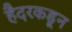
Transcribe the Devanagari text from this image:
हैदरकडून